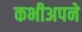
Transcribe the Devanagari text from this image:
कभीअपने